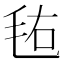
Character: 𣭊